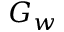
G _ { w }